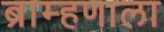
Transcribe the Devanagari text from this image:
ब्राम्हणाला